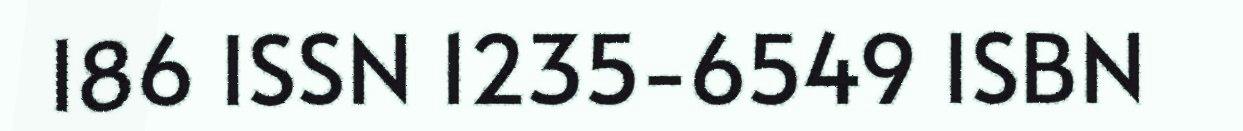
186 ISSN 1235-6549 ISBN